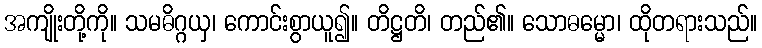
အကျိုးတို့ကို။ သမဓိဂ္ဂယှ၊ ကောင်းစွာယူ၍။ တိဋ္ဌတိ၊ တည်၏။ သောဓမ္မော၊ ထိုတရားသည်။